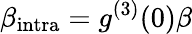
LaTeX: \beta_{\mathrm{{intra}}}=g^{(3)}(0)\beta